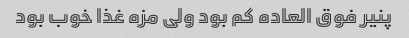
پنیر فوق العاده کم بود ولی مزه غذا خوب بود